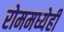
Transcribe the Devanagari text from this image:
रोममध्येही